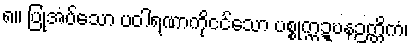
၈။ ပြုအပ်သော ပဝါရဏာကိုငင်သော ပစ္စုက္ကဍ္ဎနဉတ္တိကံ၊